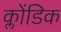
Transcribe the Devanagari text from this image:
क्लोंडिक